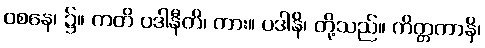
ဝစနေ၊ ၌။ ကတိ ပဒါနီတိ၊ ကား။ ပဒါနိ၊ တို့သည်။ ကိတ္တကာနိ၊